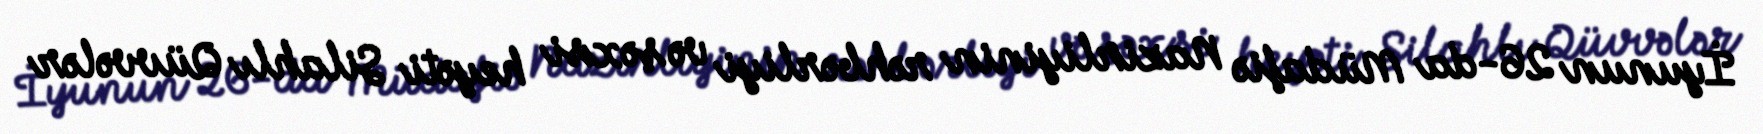
İyunun 26-da Müdafiə Nazirliyinin rəhbərliyi və şəxsi heyəti Silahlı Qüvvələr